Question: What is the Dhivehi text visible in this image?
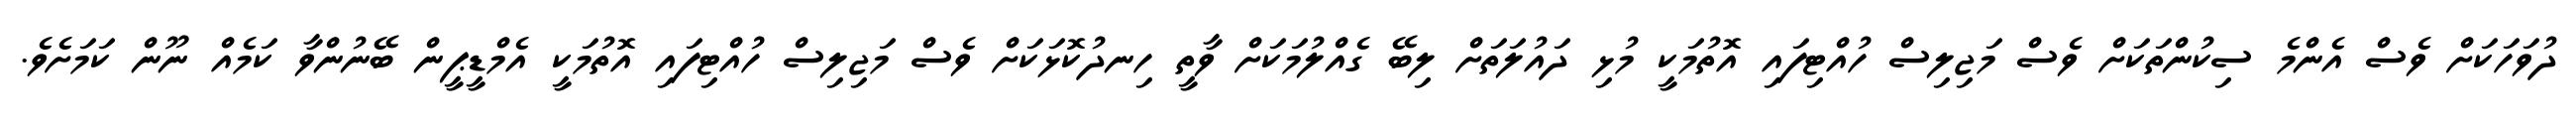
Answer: ދުވަހަކަށް ވެސް އެންމެ ސިކުންތަކަށް ވެސް މަޖިލިސް ހުއްޓިފައި އޮތުމަކީ މުޅި ދައުލަތަށް ލިބޭ ގެއްލުމަކަށް ވާތީ ހިނދުކޮޅަކަށް ވެސް މަޖިލިސް ހުއްޓިފައި އޮތުމަކީ އެމްޑީޕީން ބޭނުންވާ ކަމެއް ނޫން ކަމަށެވެ.